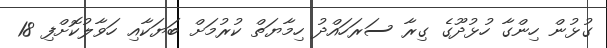
ގުޅުން ހިންގާ ހުޅުދޫގެ ގިރާ ސަރަހައްދު ހިމާޔަތް ކުރުމަށް ބަޔަކާއި ހަވާލުކޮށްފި 18